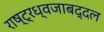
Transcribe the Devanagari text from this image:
राष्ट्रध्वजाबद्दल